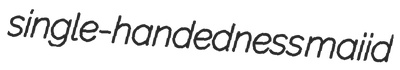
single-handedness maiid